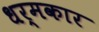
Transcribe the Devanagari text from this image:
धर्मकार